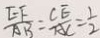
\frac { E F } { A B } = \frac { C E } { A C } = \frac { 1 } { 2 }